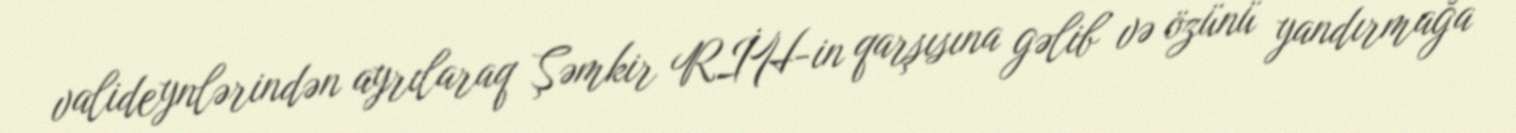
valideynlərindən ayrılaraq Şəmkir RİH-in qarşısına gəlib və özünü yandırmağa